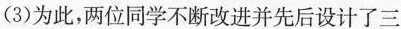
(3)为此，两位同学不断改进并先后设计了三